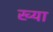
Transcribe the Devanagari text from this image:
ख्या